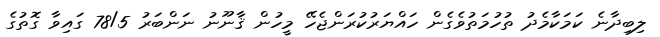
ލިބިދާނެ ކަމަކާމެދު ތުހުމަތުވެގެން ހައްޔަރުކުރަންޖެހޭ މީހުން ޤާނޫނު ނަންބަރު 78/5 ގައިވާ ގޮތުގެ